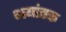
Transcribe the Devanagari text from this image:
भयांतक